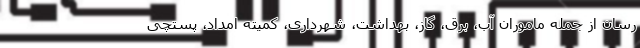
رسان از جمله ماموران آب، برق، گاز، بهداشت، شهرداری، کمیته امداد، پستچی